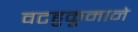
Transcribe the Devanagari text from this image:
वटहुकूमाने